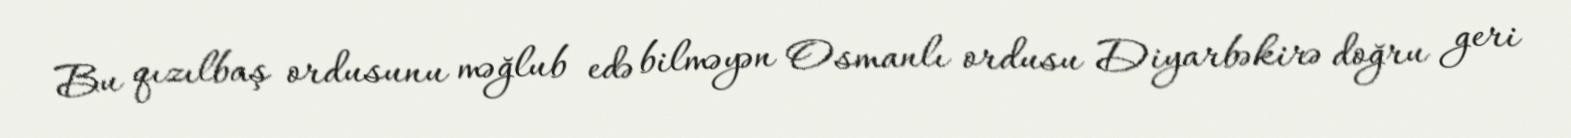
Bu qızılbaş ordusunu məğlub edə bilməyən Osmanlı ordusu Diyarbəkirə doğru geri